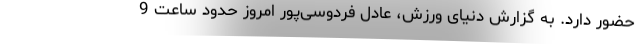
حضور دارد. به گزارش دنیای ورزش، عادل فردوسی‌پور امروز حدود ساعت 9